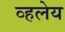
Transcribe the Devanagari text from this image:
व्हलेय